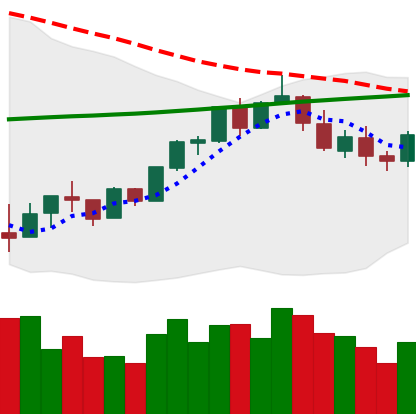
Ticker: BTC-USD
Chart end date: 2018-02-26
Forward return: 10.833%
Label: up_7plus